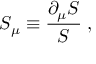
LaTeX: S _ { \mu } \equiv \frac { \partial _ { \mu } S } { S } \; ,